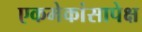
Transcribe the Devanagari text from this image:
एकमेकांसापेक्ष